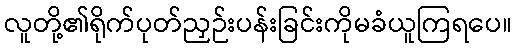
လူတို့၏ရိုက်ပုတ်ညှဉ်းပန်းခြင်းကိုမခံယူကြရပေ။